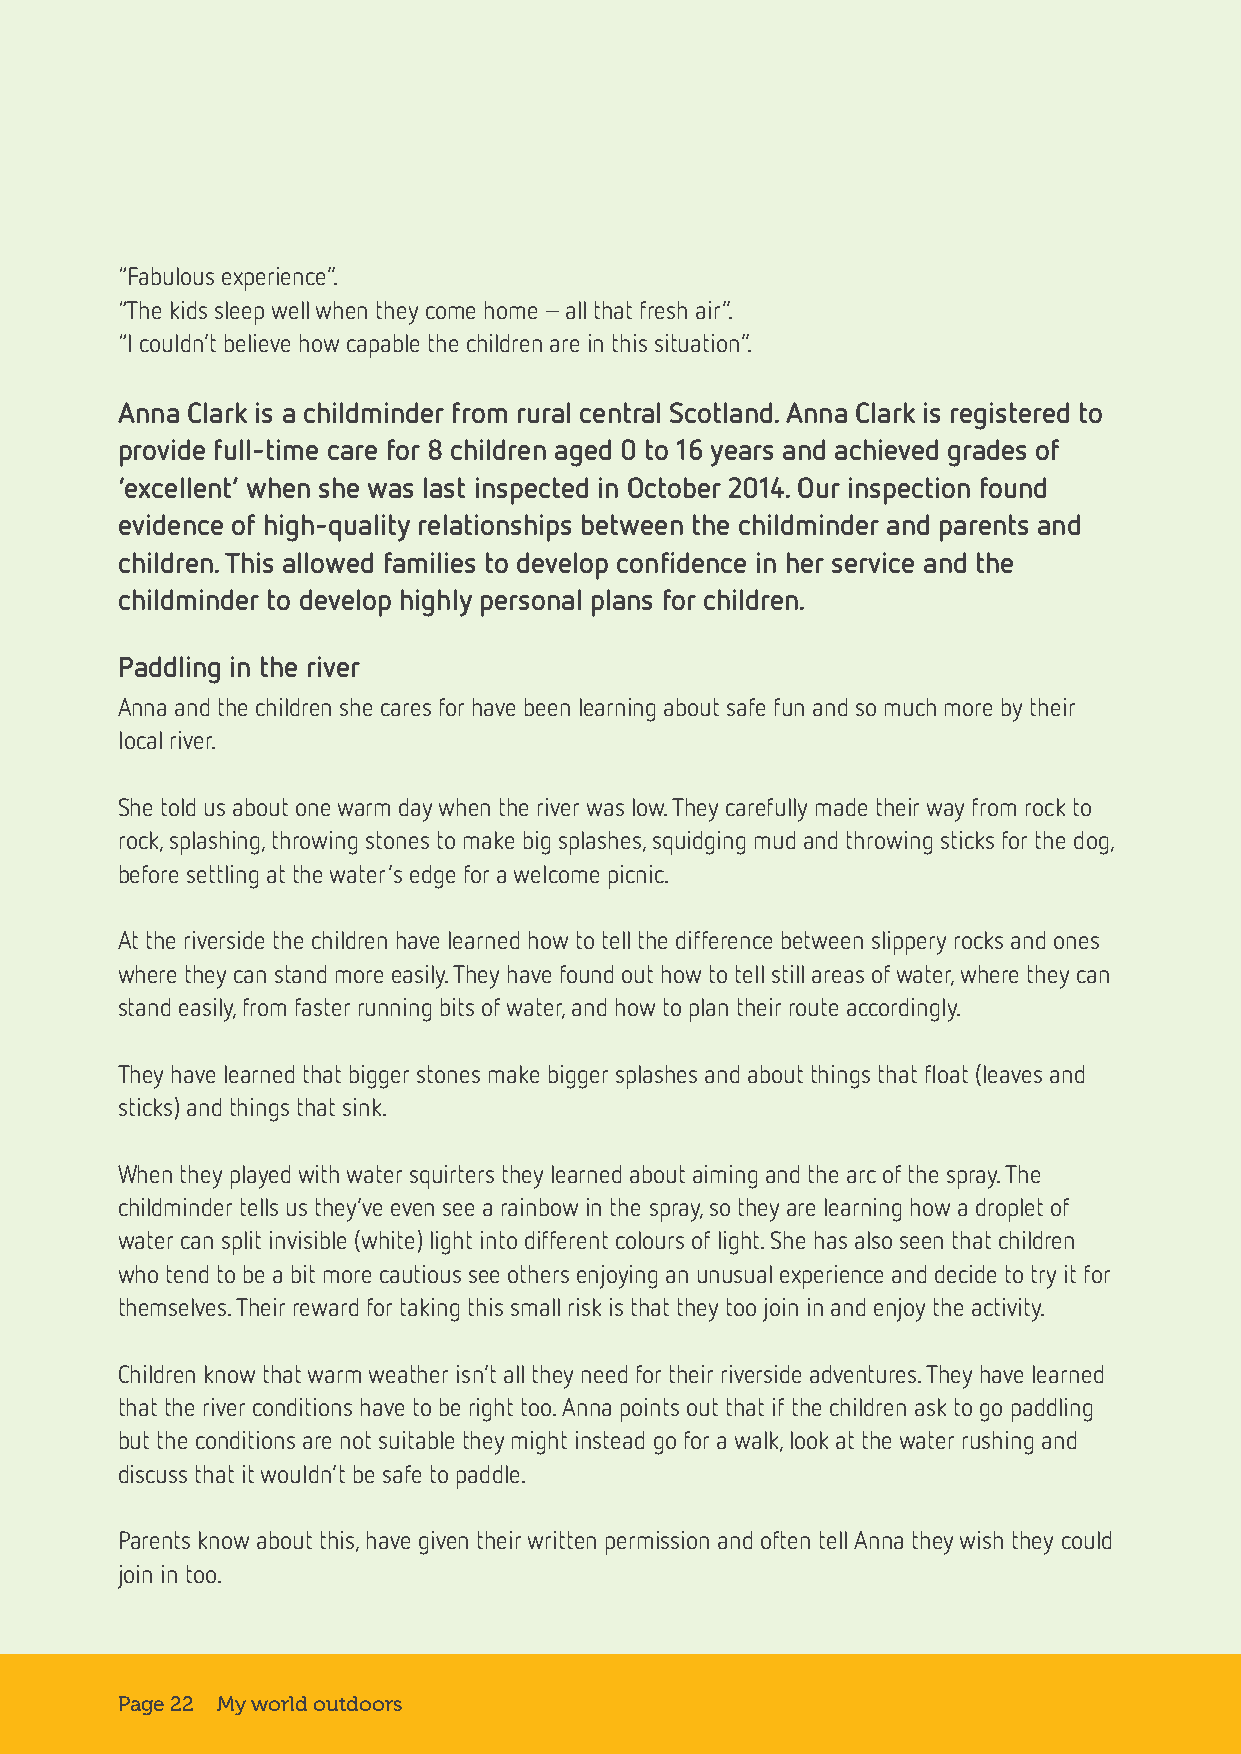
“Fabulous experience”.
 “The kids sleep well when they come home – all that fresh air”.
 “I couldn’t believe how capable the children are in this situation”.
 Anna Clark is a childminder from rural central Scotland. Anna Clark is registered to
 provide full-time care for 8 children aged 0 to 16 years and achieved grades of
 ‘excellent’ when she was last inspected in October 2014. Our inspection found
 evidence of high-quality relationships between the childminder and parents and
 children. This allowed families to develop confidence in her service and the
 childminder to develop highly personal plans for children.
 Paddling in the river
 Anna and the children she cares for have been learning about safe fun and so much more by their
 local river.
 She told us about one warm day when the river was low. They carefully made their way from rock to
 rock, splashing, throwing stones to make big splashes, squidging mud and throwing sticks for the dog,
 before settling at the water’s edge for a welcome picnic.
 At the riverside the children have learned how to tell the difference between slippery rocks and ones
 where they can stand more easily. They have found out how to tell still areas of water, where they can
 stand easily, from faster running bits of water, and how to plan their route accordingly.
 They have learned that bigger stones make bigger splashes and about things that float (leaves and
 sticks) and things that sink.
 When they played with water squirters they learned about aiming and the arc of the spray. The
 childminder tells us they’ve even see a rainbow in the spray, so they are learning how a droplet of
 water can split invisible (white) light into different colours of light. She has also seen that children
 who tend to be a bit more cautious see others enjoying an unusual experience and decide to try it for
 themselves. Their reward for taking this small risk is that they too join in and enjoy the activity.
 Children know that warm weather isn’t all they need for their riverside adventures. They have learned
 that the river conditions have to be right too. Anna points out that if the children ask to go paddling
 but the conditions are not suitable they might instead go for a walk, look at the water rushing and
 discuss that it wouldn’t be safe to paddle.
 Parents know about this, have given their written permission and often tell Anna they wish they could
 join in too.
 Page 22 My world outdoors